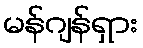
မန်ဂျန်ရှား